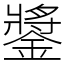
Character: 𨫥